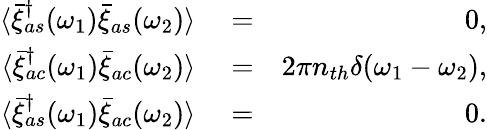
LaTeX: \begin{array}{rlr}{\langle\bar{\xi}_{as}^{\dagger}(\omega_{1})\bar{\xi}_{as}(\omega_{2})\rangle}&{{}=}&{0,}\\ {\langle\bar{\xi}_{ac}^{\dagger}(\omega_{1})\bar{\xi}_{ac}(\omega_{2})\rangle}&{{}=}&{2\pi n_{th}\delta(\omega_{1}-\omega_{2}),}\\ {\langle\bar{\xi}_{as}^{\dagger}(\omega_{1})\bar{\xi}_{ac}(\omega_{2})\rangle}&{{}=}&{0.}\end{array}